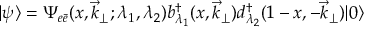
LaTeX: | \psi \rangle = \Psi _ { e \bar { e } } ( x , \vec { k } _ { \perp } ; \lambda _ { 1 } , \lambda _ { 2 } ) b _ { \lambda _ { 1 } } ^ { \dagger } ( x , \vec { k } _ { \perp } ) d _ { \lambda _ { 2 } } ^ { \dagger } ( 1 - x , - \vec { k } _ { \perp } ) | 0 \rangle